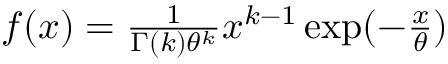
\begin{array} { r } { f ( x ) = \frac { 1 } { \Gamma ( k ) \theta ^ { k } } x ^ { k - 1 } \exp ( - \frac { x } { \theta } ) } \end{array}